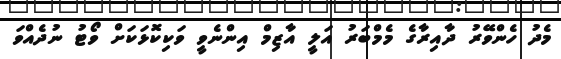
މެދު ހެންވޭރު ދާއިރާގެ މެމްބަރު އަލީ އާޒިމް އިންނެވީ ވަކިކޮޅަކަށް ވޯޓު ނުދެއްވަ